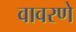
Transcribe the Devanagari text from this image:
वावरणे